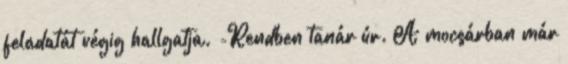
feladatát végig hallgatja. -Rendben tanár úr. A mocsárban már